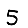
Digit: 5